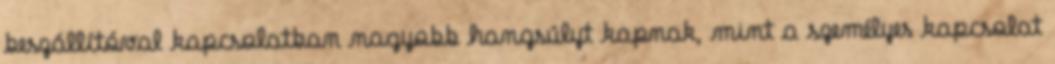
beszállítóval kapcsolatban nagyobb hangsúlyt kapnak, mint a személyes kapcsolat